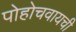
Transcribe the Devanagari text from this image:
पोहोचवायची